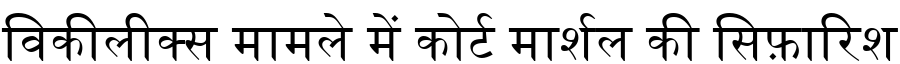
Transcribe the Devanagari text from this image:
विकीलीक्स मामले में कोर्ट मार्शल की सिफ़ारिश